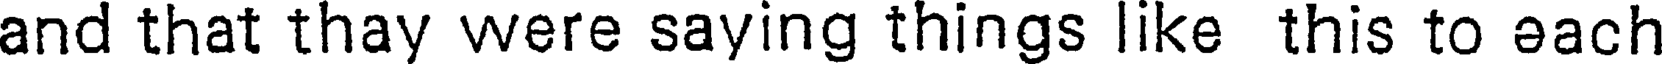
and that thay were saying things like this to each